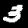
Digit: 3